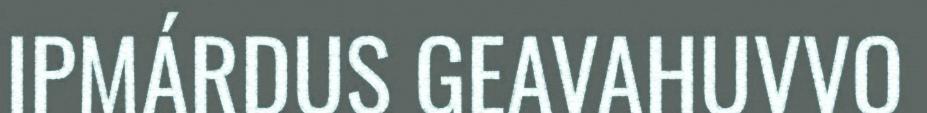
IPMÁRDUS GEAVAHUVVO